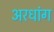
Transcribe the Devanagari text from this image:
अरधांग